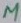
Text: µ